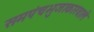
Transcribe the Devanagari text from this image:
समपंचभुजाकारवाले